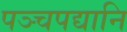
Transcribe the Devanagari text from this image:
पञ्चपद्यानि